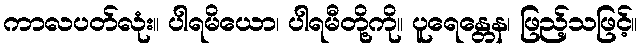
ကာလပတ်လုံး။ ပါရမိယော၊ ပါရမီတို့ကို။ ပူရေန္တေန၊ ဖြည့်သဖြင့်။